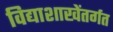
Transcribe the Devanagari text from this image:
विद्याशाखेंतर्गत